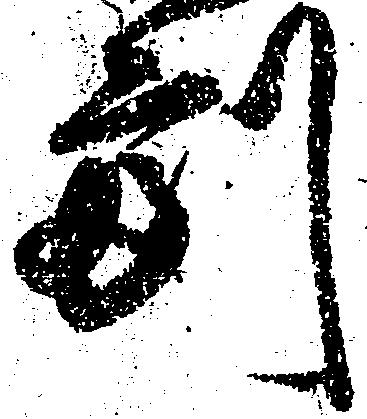
副